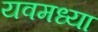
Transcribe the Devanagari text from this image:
यवमध्या